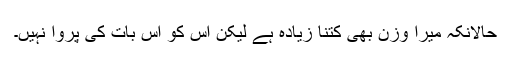
حالانکہ میرا وزن بھی کتنا زیادہ ہے لیکن اس کو اس بات کی پروا نہیں۔